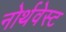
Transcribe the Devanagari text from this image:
नोर्थवेस्ट